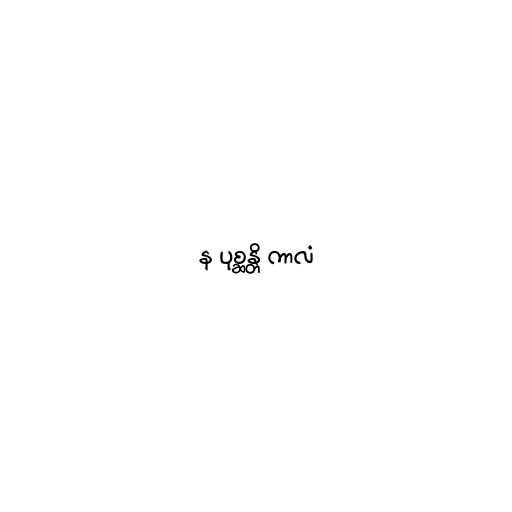
န ပုစ္ဆန္တိ ကာလံ